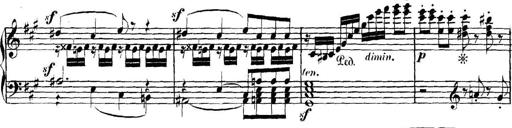
Title: Collected Piano Sonatas
Composer: Muzio Clementi